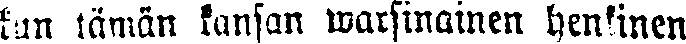
kun tämän kansan warsinainen henkinen